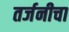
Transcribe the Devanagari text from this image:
तर्जनीचा